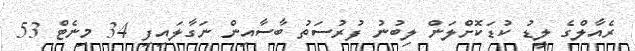
ރެއާލްގެ ލީޑު ކުޑަކޮށްލަން ލިބުނު ފުރުސަތު ބާސާއިން ނަގާލައިފި 34 މިނެޓް 53